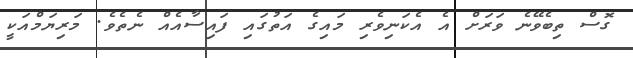
ގޮސް ތިބެވޭނެ ވަރަށް އެ އެކަނިވެރި މައިގެ އަތުގައި ފައިސާއެއް ނެތެވެ. މަރިޔަމްއަކީ